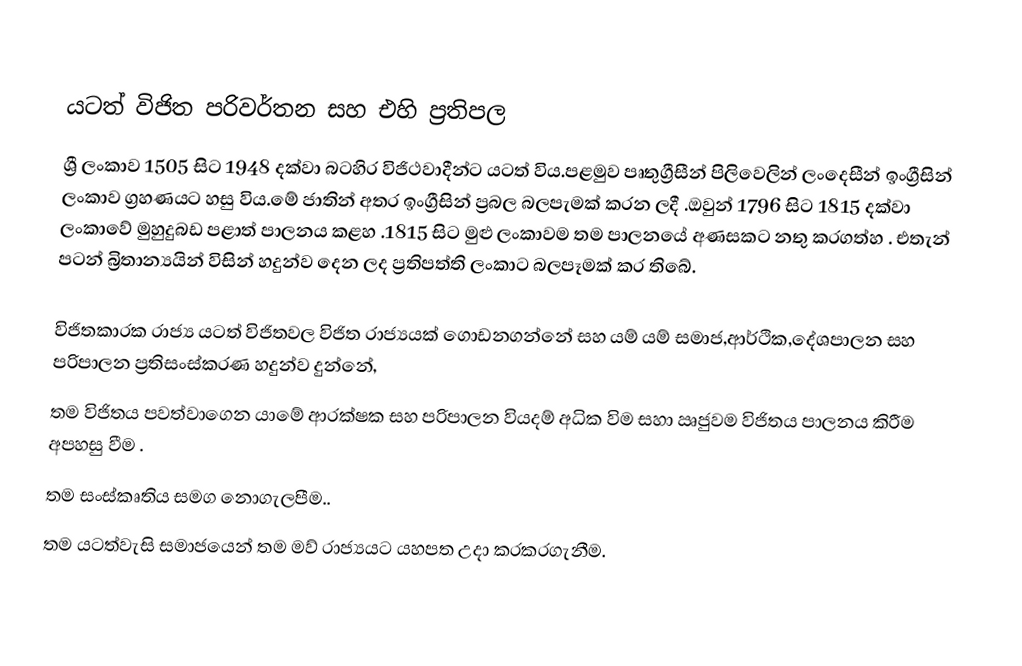

යටත් විජිත පරිවර්තන සහ එහි ප්‍රතිපල
ශ්‍රී ලංකාව 1505 සිට 1948 දක්වා බටහිර විජිථවාදීන්ට යටත් විය.පළමුව පෘතුග්‍රීසීන් පිලිවෙලින් ලංදෙසීන් ඉංග්‍රීසින් ලංකාව ග්‍රහණයට හසු විය.මේ ජාතින් අතර ඉංග්‍රීසින් ප්‍රබල බලපැමක් කරන ලදී .ඔවුන් 1796 සිට 1815 දක්වා ලංකාවේ මුහුදුබඩ පළාත් පාලනය කළහ .1815 සිට මුළු ලංකාවම තම පාලනයේ අණසකට නතු කරගත්හ . එතැන් පටන් බ්‍රිතාන්‍යයින් විසින් හදුන්ව දෙන ලද ප්‍රතිපත්ති  ලංකාට බලපෑමක් කර තිබේ.

විජිතකාරක රාජ්‍ය යටත් විජිතවල විජිත රාජ්‍යයක් ගොඩනගන්නේ සහ යම් යම් සමාජ,ආර්ථික,දේශපාලන සහ පරිපාලන ප්‍රතිසංස්කරණ හදුන්ව දුන්නේ,
 තම විජිතය පවත්වාගෙන යාමේ ආරක්ෂක සහ පරිපාලන වියදම් අධික විම සහා ඍජුවම විජිතය පාලනය කිරීම අපහසු වීම .
 තම සංස්කෘතිය සමග නොගැලපීම..
 තම යටත්වැසි සමාජයෙන් තම මව් රාජ්‍යයට යහපත උදා  කරකරගැනීම.